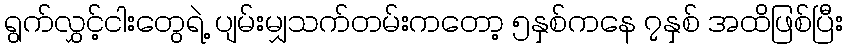
ရွက်လွှင့်ငါးတွေရဲ့ ပျမ်းမျှသက်တမ်းကတော့ ၅နှစ်ကနေ ၇နှစ် အထိဖြစ်ပြီး